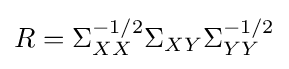
R=\Sigma _{XX}^{-1/2}\Sigma _{XY}\Sigma _{YY}^{-1/2}